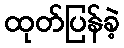
ထုတ်ပြန်ခဲ့